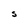
Character: S